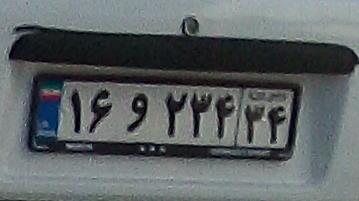
۱۶و۲۳۴۳۴